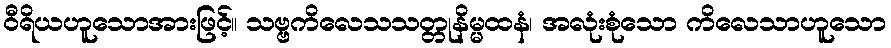
ဝီရိယဟူသောအားဖြင့်။ သဗ္ဗကိလေသသတ္တုနိမ္မထနံ၊ အလုံးစုံသော ကိလေသာဟူသော